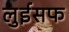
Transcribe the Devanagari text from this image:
लुईसफ